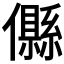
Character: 𠐴